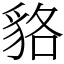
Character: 貉